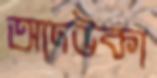
আদউকা